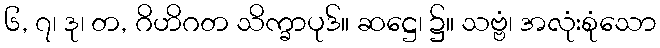
၆, ၇၊ ဒု၊ တ, ဂိဟိဂတ သိက္ခာပုဒ်။ ဆဋ္ဌေ၊ ၌။ သဗ္ဗံ၊ အလုံးစုံသော